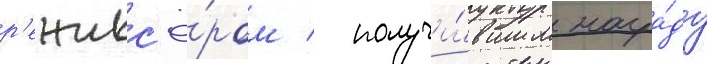
р'ежисс'ё́ром / получи́вшим награ́ду